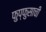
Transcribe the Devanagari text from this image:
फुप्फुसाची